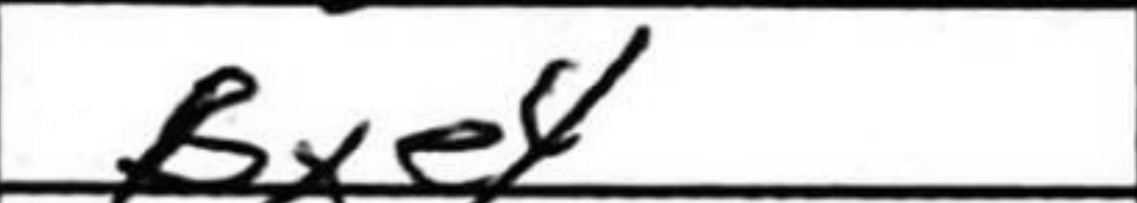
Transcription: Bxe4